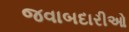
જવાબદારીઓ